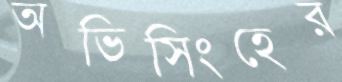
অভিসিংহের